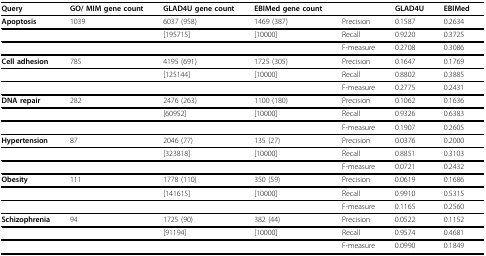
| Query | GO/ MIM gene count | GLAD4U gene count | EBIMed gene count |  | GLAD4U | EBIMed |
 | --- | --- | --- | --- | --- | --- | --- |
 | Apoptosis | 1039 | 6037 (958) | 1469 (387) | Precision | 0.1587 | 0.2634 |
 |  |  | [195715] | [10000] | Recall | 0.9220 | 0.3725 |
 |  |  |  |  | F-measure | 0.2708 | 0.3086 |
 | Cell adhesion | 785 | 4195 (691) | 1725 (305) | Precision | 0.1647 | 0.1769 |
 |  |  | [125144] | [10000] | Recall | 0.8802 | 0.3885 |
 |  |  |  |  | F-measure | 0.2775 | 0.2431 |
 | DNA repair | 282 | 2476 (263) | 1100 (180) | Precision | 0.1062 | 0.1636 |
 |  |  | [60952] | [10000] | Recall | 0.9326 | 0.6383 |
 |  |  |  |  | F-measure | 0.1907 | 0.2605 |
 | Hypertension | 87 | 2046 (77) | 135 (27) | Precision | 0.0376 | 0.2000 |
 |  |  | [323818] | [10000] | Recall | 0.8851 | 0.3103 |
 |  |  |  |  | F-measure | 0.0721 | 0.2432 |
 | Obesity | 111 | 1778 (110) | 350 (59) | Precision | 0.0619 | 0.1686 |
 |  |  | [141615] | [10000] | Recall | 0.9910 | 0.5315 |
 |  |  |  |  | F-measure | 0.1165 | 0.2560 |
 | Schizophrenia | 94 | 1725 (90) | 382 (44) | Precision | 0.0522 | 0.1152 |
 |  |  | [91194] | [10000] | Recall | 0.9574 | 0.4681 |
 |  |  |  |  | F-measure | 0.0990 | 0.1849 |